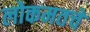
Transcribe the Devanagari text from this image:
लोकमतचे